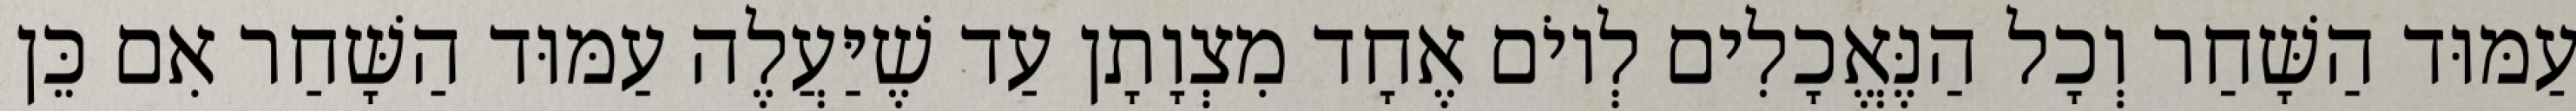
עַמּוּד הַשָּׁחַר וְכָל הַנֶּאֱכָלִים לְיוֹם אֶחָד מִצְוָתָן עַד שֶׁיַּעֲלֶה עַמּוּד הַשָּׁחַר אִם כֵּן